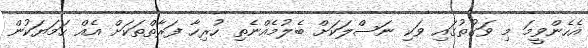
އެހެންވީމަ މި ވަގުތުގައި ވަކި ނަސްލަކަށް ބެލުމެއްނެތި ހުރިހާ ފަރާތްތަކަށް އެއް ހަމަޔަކުން